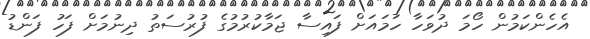
އެހެންކަމުން ހޯމަ ދުވަހާ ހަމައަށް ފައިސާ ޖަމާކުރުމުގެ ފުރުސަތު ދިނުމަށް ފަހު ފަންޑު